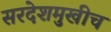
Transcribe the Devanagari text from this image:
सरदेशमुखीच